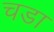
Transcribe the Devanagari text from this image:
चडा